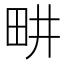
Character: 畊